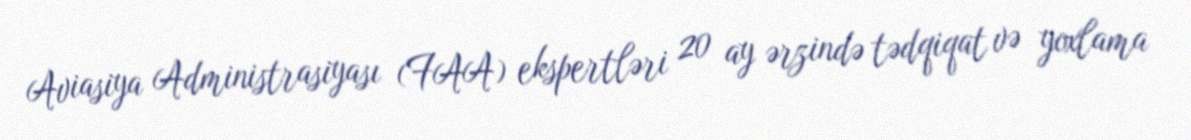
Aviasiya Administrasiyası (FAA) ekspertləri 20 ay ərzində tədqiqat və yoxlama